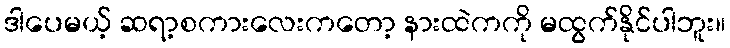
ဒါပေမယ့် ဆရာ့စကားလေးကတော့ နားထဲကကို မထွက်နိုင်ပါဘူး။